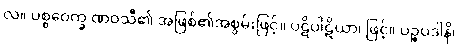
လ။ ပစ္စဝေက္ခ ဏဝသီ၏ အဖြစ်၏အစွမ်းဖြင့်။ ပဋိပါဋိယာ၊ ဖြင့်။ ပဉ္စပဒါနိ၊